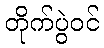
တိုက်ပွဲဝင်